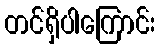
တင်ရှိပါကြောင်း